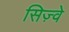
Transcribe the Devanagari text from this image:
सिज़्वे